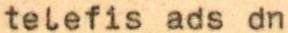
telefis ads dn